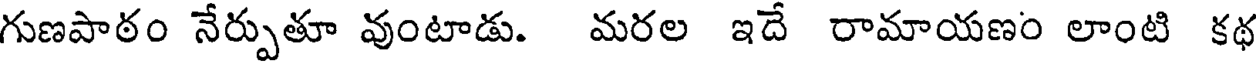
గుణపాఠం నేర్పుతూ వుంటాడు. మరల ఇదే రామాయణం లాంటి కథ